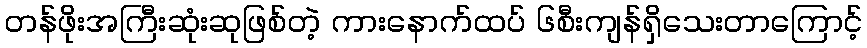
တန်ဖိုးအကြီးဆုံးဆုဖြစ်တဲ့ ကားနောက်ထပ် ၆စီးကျန်ရှိသေးတာကြောင့်